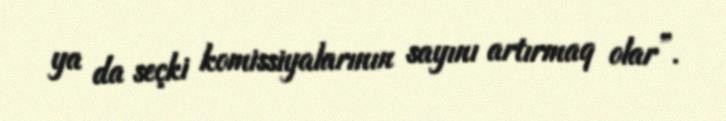
ya da seçki komissiyalarının sayını artırmaq olar”.